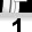
Digit: 1